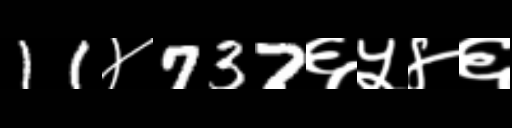
Text: 11४737६५४६